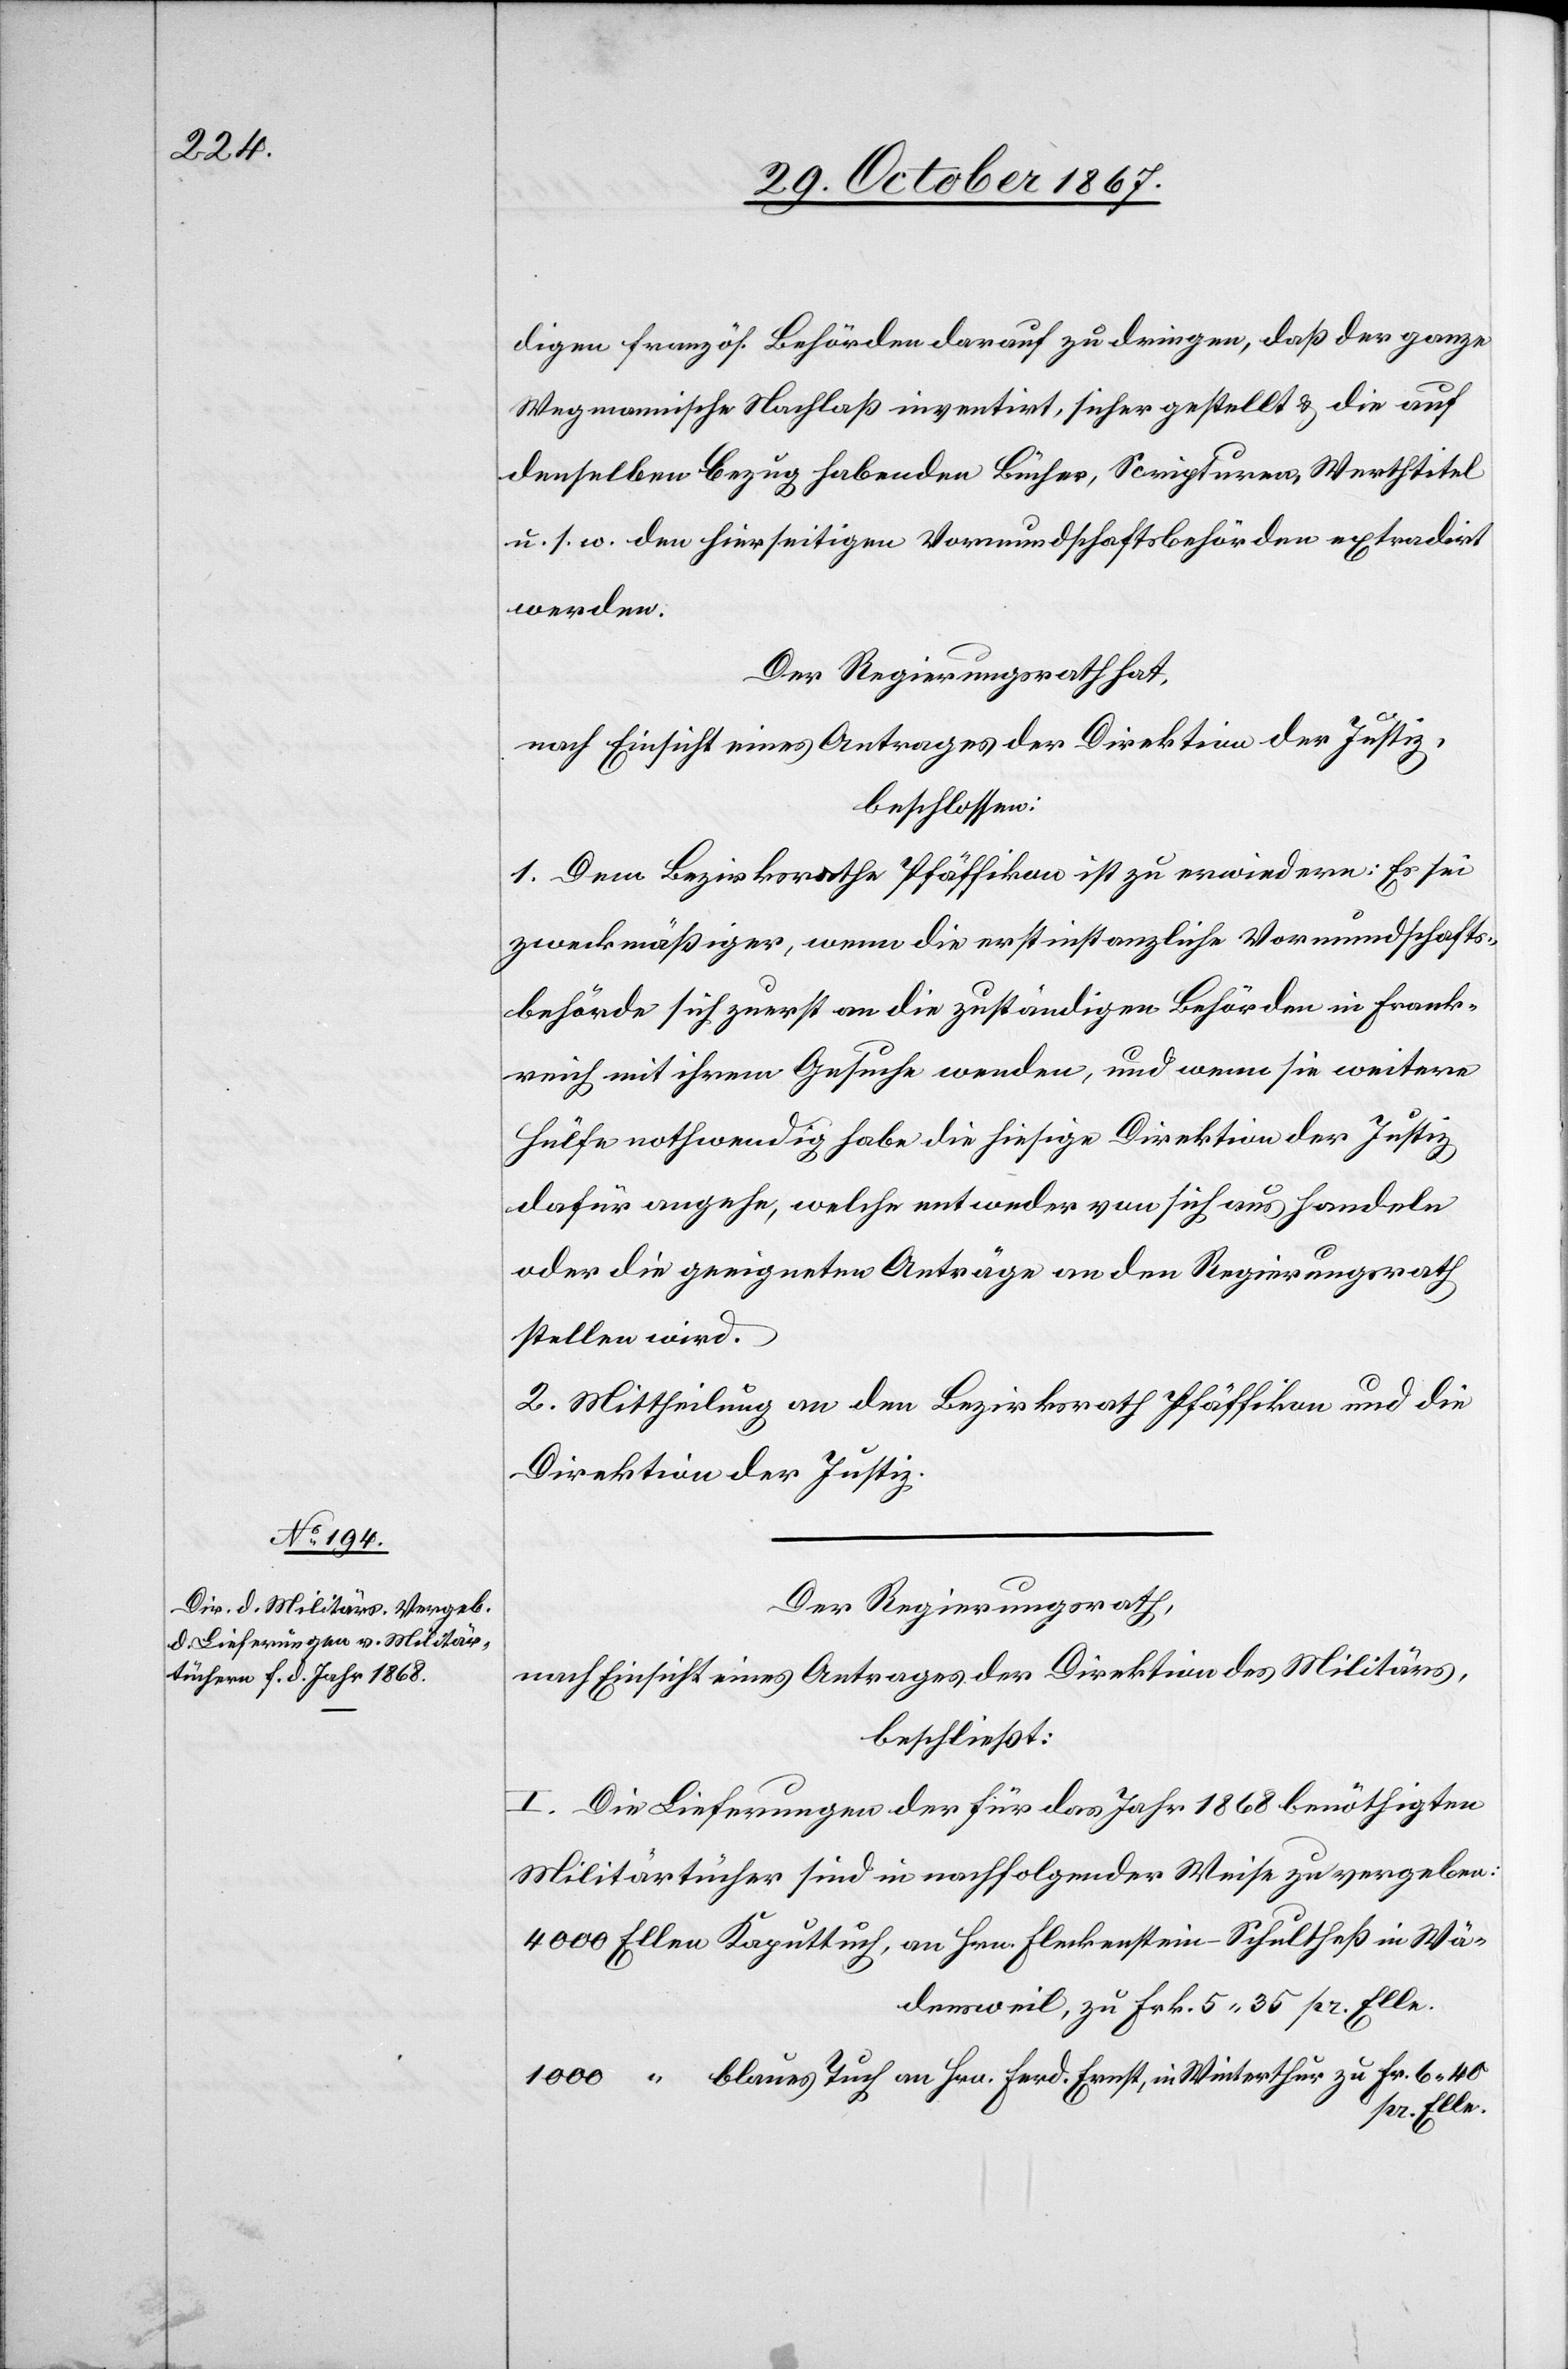
digen französ. Behörden darauf zu dringen, daß der ganze
Wegmannische Nachlaß inventirt, sicher gestellt u. die auf
denselben Bezug habenden Bücher, Scripturen, Werthtitel
u. s. w. den hierseitigen Vormundschaftsbehörden extradirt
werden.
Der Regierungsrath hat,
nach Einsicht eines Antrages der Direktion der Justiz,
beschlossen:
1. Dem Bezirksrathe Pfäffikon ist zu erwiedern: Es sei
zweckmäßiger, wenn die erstinstanzliche Vormundschafts¬
behörde sich zuerst an die zuständigen Behörden in Frank¬
reich mit ihrem Gesuche wenden [sic!], und wenn sie weitere
Hülfe nothwendig habe die hiesige Direktion der Justiz
dafür angehe, welche entweder von sich aus handeln
oder die geeigneten Anträge an den Regierungsrath
stellen werde.
2. Mittheilung an den Bezirksrath Pfäffikon und die
Direktion der Justiz.
Der Regierungsrath,
nach Einsicht eines Antrages der Direktion des Militärs,
beschließt:
I. Die Lieferungen der für das Jahr 1868 benöthigten
Militärtücher sind in nachfolgender Weise zu vergeben:
Wädensweil, zu Frk. 5.25 pr Elle
pr Elle